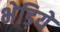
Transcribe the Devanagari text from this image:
भेड़ियें